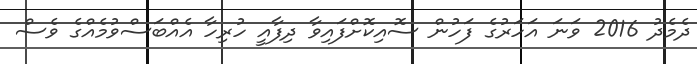
ދެމެދު 2016 ވަނަ އަހަރުގެ ފަހުން ސޮއިިކޮށްފައިވާ ދިފާއީ ހުރިހާ އެއްބަސްވުމެއްގެ ވެސް